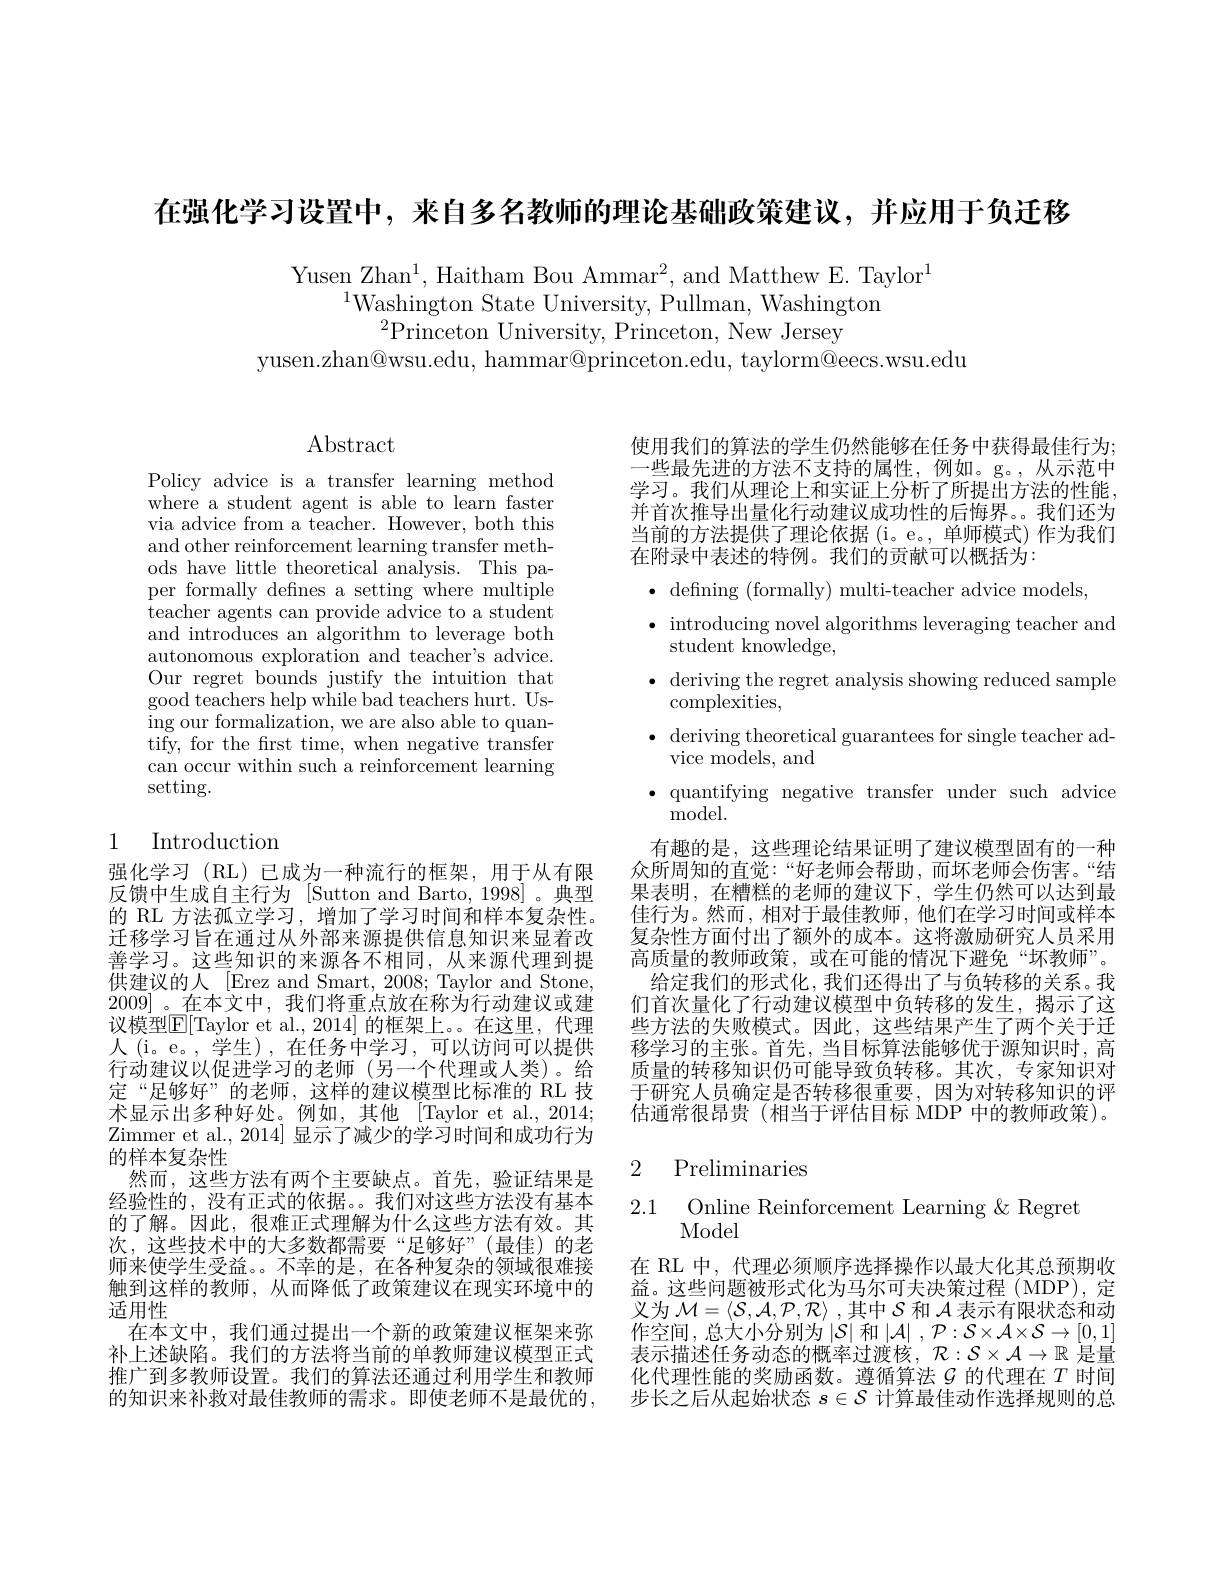
在强化学习设置中，来自多名教师的理论基础政策建议，并应用于负迁移

Yusen Zhan$^1$,Haitham Bou Ammar$^2$,and Matthew E. Taylor$^1$
$^{1}$Washington State University, Pullman, Washington
$^{2}$Princeton University, Princeton, New Jersey
yusen.zhan@wsu.edu, hammar@princeton.edu, taylorm@eecs.wsu.edu

Abstract

Policy advice is a transfer learning method where a student agent is able to learn faster via advice from a teacher. However, both this and other reinforcement learning transfer methods have little theoretical analysis. This paper formally defines a setting where multiple teacher agents can provide advice to a student and introduces an algorithm to leverage both autonomous exploration and teacher's advice. Our regret bounds justify the intuition that good teachers help while bad teachers hurt. Using our formalization, we are also able to quantify, for the frst time, when negative transfer can occur within such a reinforcement learning setting.

## 1 Introduction

强化学习(RL)已成为一种流行的框架，用于从有限反馈中生成自主行为 [Sutton and Barto, 1998]。典型的 RL 方法孤立学习，增加了学习时间和样本复杂性。迁移学习旨在通过从外部来源提供信息知识来显着改供建议的人 [Erez and Smart, 2008; Taylor and Stone, 2009] 。在本文中，我们将重点放在称为行动建议或建议模型$\boxed{\mathrm{E}}[$Taylor et al.,2014] 的框架上。。在这里，代理人 (i。e。, 学生),在任务中学习，可以访问可以提供行动建议以促进学习的老师(另一个代理或人类)。给定“足够好”的老师，这样的建议模型比标准的 RL 技术显示出多种好处。例如，其他 [Taylor et al.,2014; Zimmer et al., 2014] 显示了减少的学习时间和成功行为的样本复杂性
然而，这些方法有两个主要缺点。首先，验证结果是经验性的，没有正式的依据。。我们对这些方法没有基本的了解。因此，很难正式理解为什么这些方法有效。其次，这些技术中的大多数都需要“足够好”(最佳)的老师来使学生受益。不幸的是，在各种复杂的领域很难接触到这样的教师，从而降低了政策建议在现实环境中的适用性
在本文中，我们通过提出一个新的政策建议框架来弥补上述缺陷。我们的方法将当前的单教师建议模型正式推广到多教师设置。我们的算法还通过利用学生和教师的知识来补救对最佳教师的需求。即使老师不是最优的，

使用我们的算法的学生仍然能够在任务中获得最佳行为； 一些最先进的方法不支持的属性，例如。g。,从示范中学习。我们从理论上和实证上分析了所提出方法的性能并首次推导出量化行动建议成功性的后悔界。我们还为当前的方法提供了理论依据(i。e。,单师模式)作为我们在附录中表述的特例。我们的贡献可以概括为：

$\bullet$ defining (formally) multi-teacher advice models,
$\bullet$ introducing novel algorithms leveraging teacher and
student knowledge,
$\bullet$ deriving the regret analysis showing reduced sample
complexities,
$\bullet$ deriving theoretical guarantees for single teacher ad-
vice models, and
$\bullet$ quantifying negative transfer under such advice
${\mathrm{model}}.$
有趣的是，这些理论结果证明了建议模型固有的一种众所周知的直觉：“好老师会帮助，而坏老师会伤害。“结果表明，在糟糕的老师的建议下，学生仍然可以达到最佳行为。然而，相对于最佳教师，他们在学习时间或样本复杂性方面付出了额外的成本。这将激励研究人员采用
善学习。这些知识的来源各不相同，从来源代理到提 高质量的教师政策，或在可能的情况下避免“坏教师”。
给定我们的形式化，我们还得出了与负转移的关系。我们首次量化了行动建议模型中负转移的发生，揭示了这些方法的失败模式。因此，这些结果产生了两个关于迁移学习的主张。首先，当目标算法能够优于源知识时，高质量的转移知识仍可能导致负转移。其次，专家知识对于研究人员确定是否转移很重要，因为对转移知识的评估通常很昂贵(相当于评估目标 MDP 中的教师政策)。

## 2 Preliminaries

$\begin{array}{ll}{2.1}&{\mathrm{Online~Reinforcement~Learning~\&~Regret}}\\{\mathrm{Model}}\end{array}$

在 RL 中，代理必须顺序选择操作以最大化其总预期收益。这些问题被形式化为马尔可夫决策过程(MDP),定义为$\mathcal{M}=\langle\mathcal{S},\mathcal{A},\mathcal{P},\mathcal{R}\rangle$ ,其中$\mathcal{S}$和$\mathcal{A}$表示有限状态和动作空间，总大小分别为$\left|\mathcal{S}\right|$和$\left|\mathcal{A}\right|,\mathcal{P}:\mathcal{S}\times\mathcal{A}\times\mathcal{S}\to\left[0,1\right]$ 表示描述任务动态的概率过渡核，$\mathcal{R}:\mathcal{S}\times\mathcal{A}\to\mathbb{R}$是量化代理性能的奖励函数。遵循算法$\mathcal{G}$的代理在$T$时间步长之后从起始状态$s\in\mathcal{S}$计算最佳动作选择规则的总